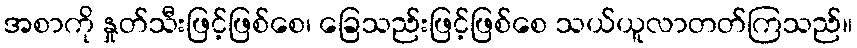
အစာကို နှုတ်သီးဖြင့်ဖြစ်စေ၊ ခြေသည်းဖြင့်ဖြစ်စေ သယ်ယူလာတတ်ကြသည်။